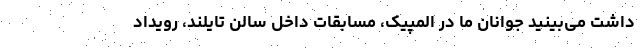
داشت می‌بینید جوانان ما در المپیک، مسابقات داخل سالن تایلند، رویداد